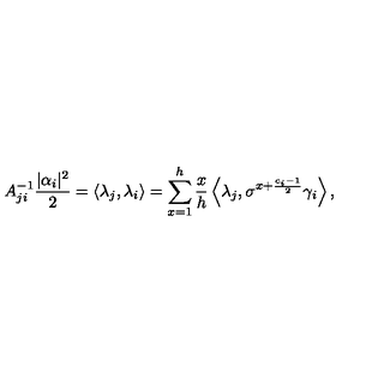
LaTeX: A _ { j i } ^ { - 1 } \frac { | \alpha _ { i } | ^ { 2 } } { 2 } = \left\langle \lambda _ { j } , \lambda _ { i } \right\rangle = \sum _ { x = 1 } ^ { h } \frac { x } { h } \left\langle \lambda _ { j } , \sigma ^ { x + \frac { c _ { i } - 1 } { 2 } } \gamma _ { i } \right\rangle ,